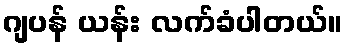
ဂျပန် ယန်း လက်ခံပါတယ်။